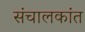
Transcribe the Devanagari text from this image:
संचालकांत